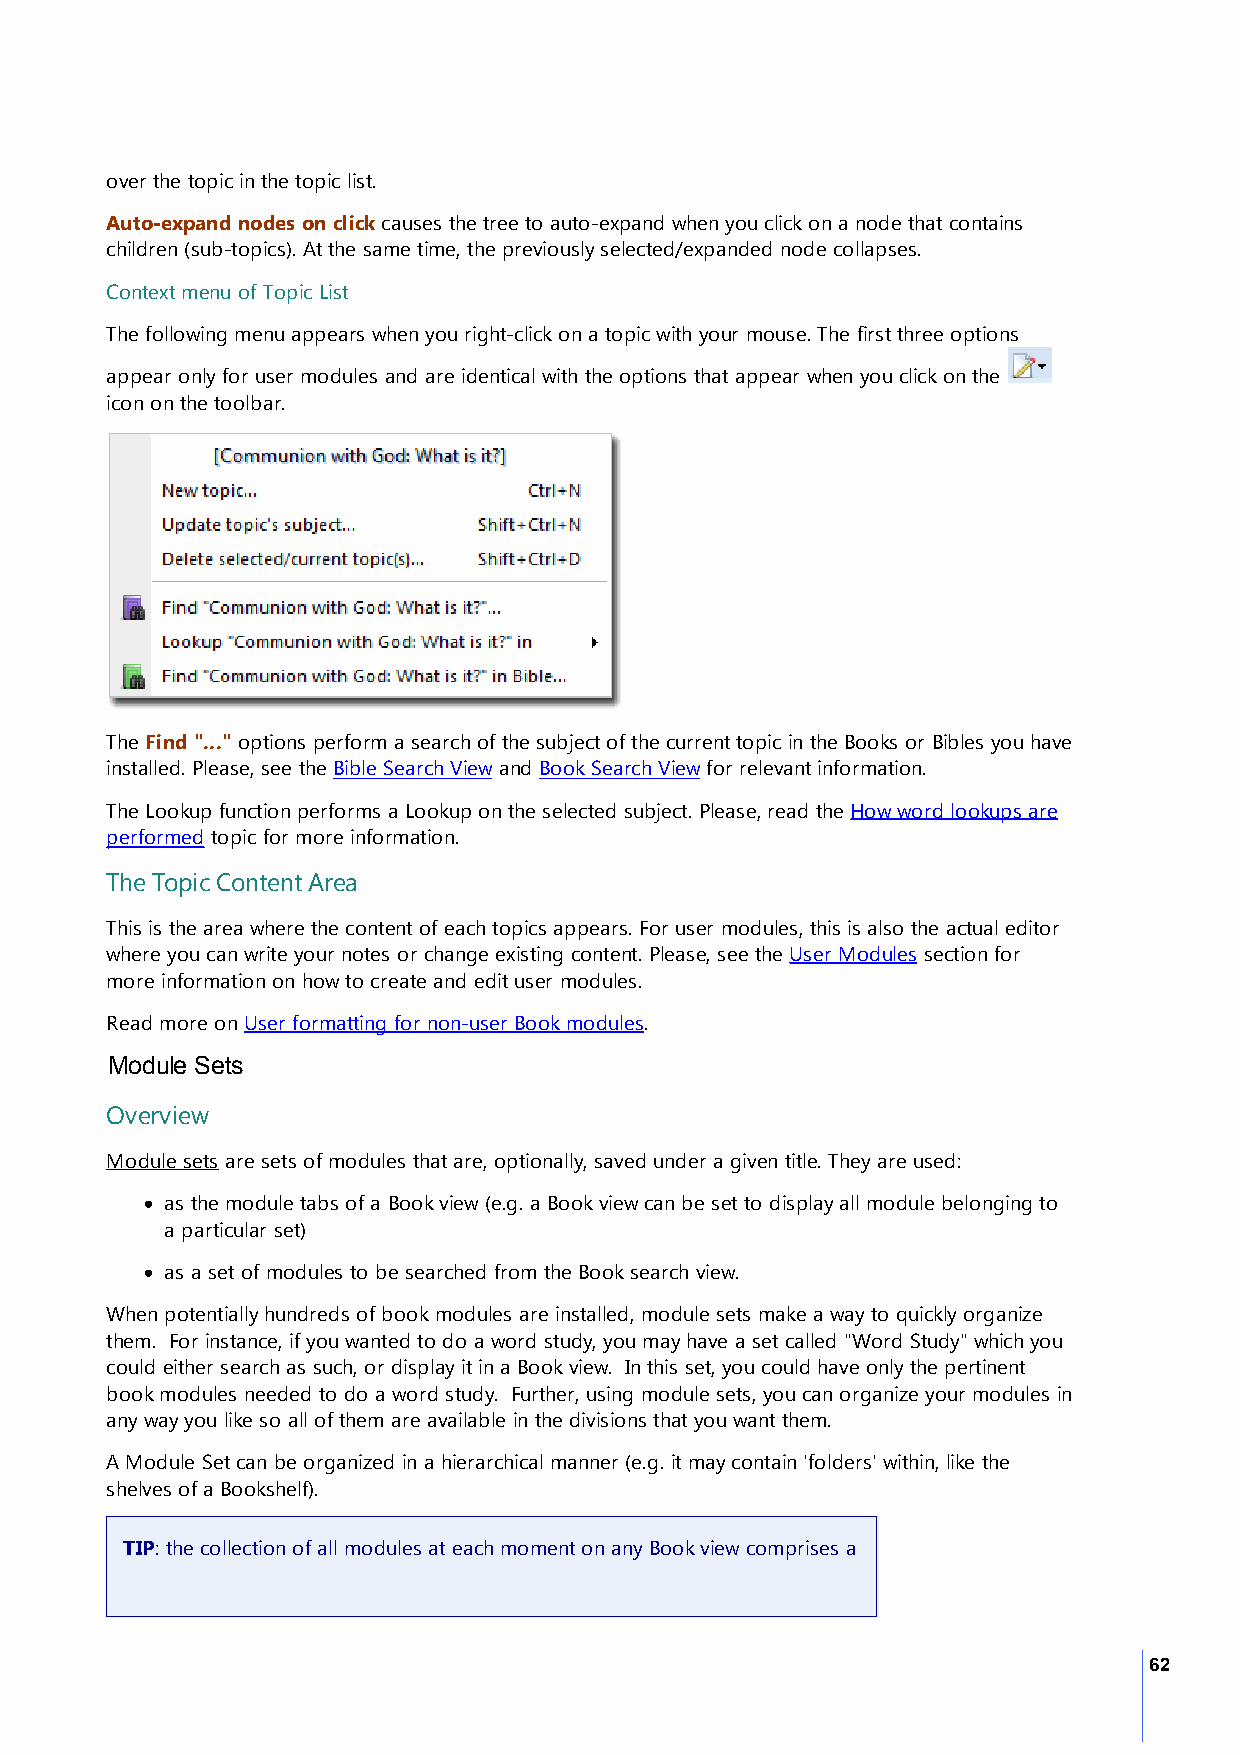
over the topic in the topic list.
 Auto-expand nodes on click causes the tree to auto-expand when you click on a node that contains
 children (sub-topics). At the same time, the previously selected/expanded node collapses.
 Context menu of Topic List
 The following menu appears when you right-click on a topic with your mouse. The first three options
 appear only for user modules and are identical with the options that appear when you click on the
 icon on the toolbar.
 The Find "..." options perform a search of the subject of the current topic in the Books or Bibles you have
 installed. Please, see the Bible Search View and Book Search View for relevant information.
 The Lookup function performs a Lookup on the selected subject. Please, read the How word lookups are
 performed topic for more information.
 The Topic Content Area
 This is the area where the content of each topics appears. For user modules, this is also the actual editor
 where you can write your notes or change existing content. Please, see the User Modules section for
 more information on how to create and edit user modules.
 Read more on User formatting for non-user Book modules.
 Module Sets
 Overview
 Module sets are sets of modules that are, optionally, saved under a given title. They are used:
 · as the module tabs of a Book view (e.g. a Book view can be set to display all module belonging to
 a particular set)
 · as a set of modules to be searched from the Book search view.
 When potentially hundreds of book modules are installed, module sets make a way to quickly organize
 them. For instance, if you wanted to do a word study, you may have a set called "Word Study" which you
 could either search as such, or display it in a Book view. In this set, you could have only the pertinent
 book modules needed to do a word study. Further, using module sets, you can organize your modules in
 any way you like so all of them are available in the divisions that you want them.
 A Module Set can be organized in a hierarchical manner (e.g. it may contain 'folders' within, like the
 shelves of a Bookshelf).
 TIP: the collection of all modules at each moment on any Book view comprises a
 62